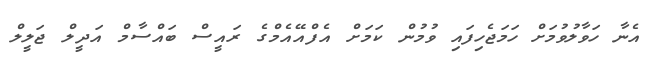
އެނާ ހަވާލުވުމަށް ހަމަޖެހިފައި ވުމުން ކަމަށް އެފްއޭއެމްގެ ރައީސް ބައްސާމް އަދީލް ޖަލީލް